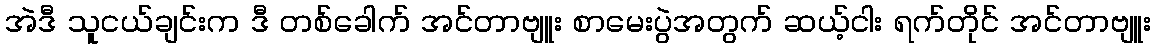
အဲဒီ သူငယ်ချင်းက ဒီ တစ်ခေါက် အင်တာဗျူး စာမေးပွဲအတွက် ဆယ့်ငါး ရက်တိုင် အင်တာဗျူး